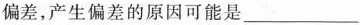
偏差，产生偏差的原因可能是___